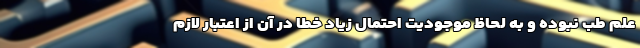
علم طب نبوده و به لحاظ موجودیت احتمال زیاد خطا در آن از اعتبار لازم